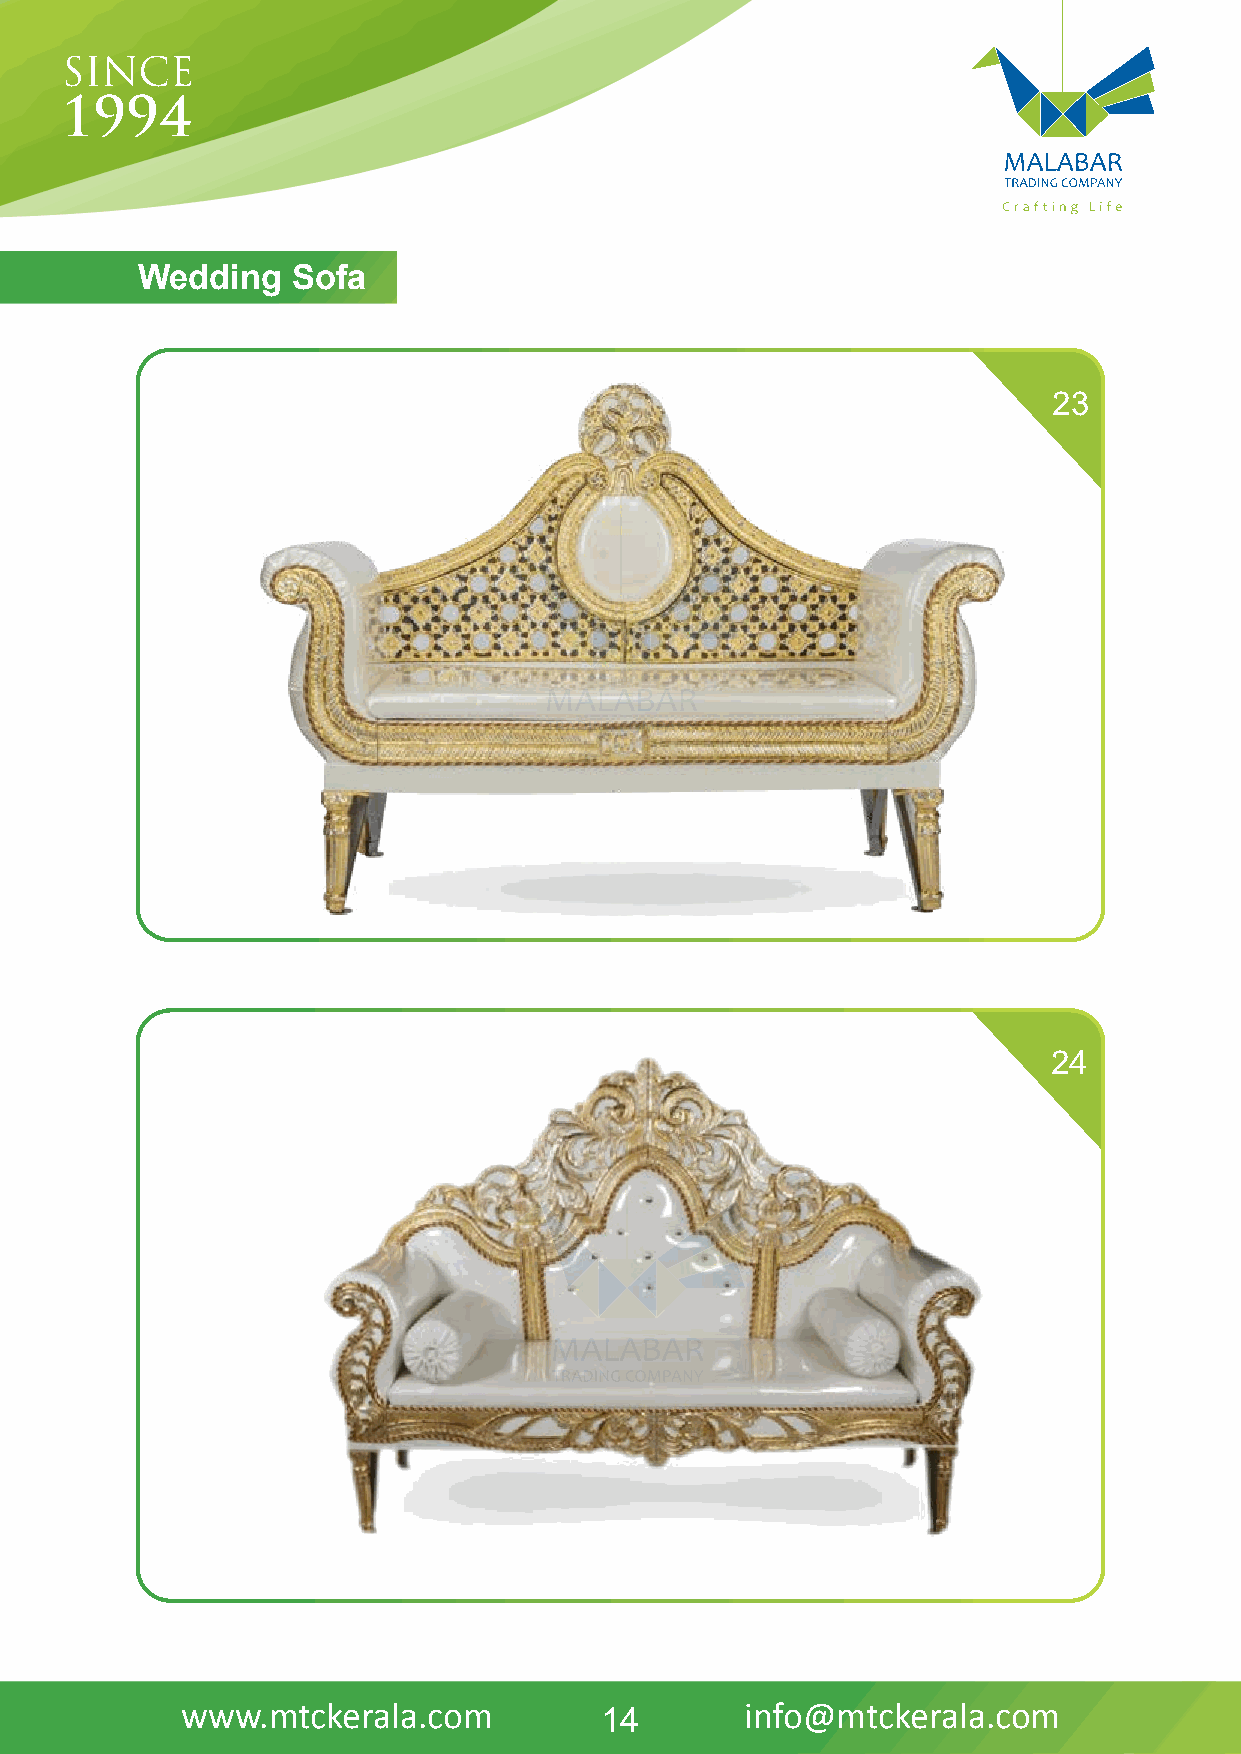
WeddinDgH SIVoAfNa
 23
 24
 www.mtckerala.com                    info@mtckerala.com
 14